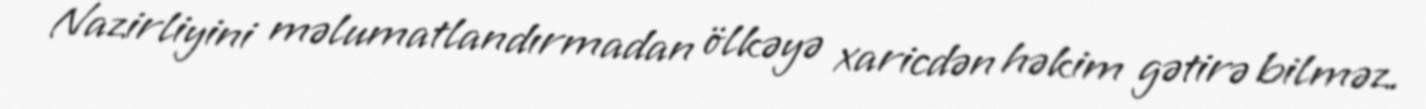
Nazirliyini məlumatlandırmadan ölkəyə xaricdən həkim gətirə bilməz.